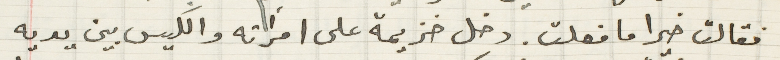
فقالت خيرا ما فعلت. دخل خزيمة على امراته والكيس بين يديه